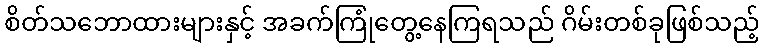
စိတ်သဘောထားများနှင့် အခက်ကြုံတွေ့နေကြရသည် ဂိမ်းတစ်ခုဖြစ်သည့်